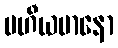
မဟီယမာနော